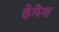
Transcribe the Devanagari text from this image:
हेमेश